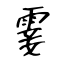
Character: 霎